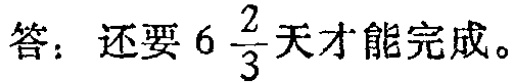
答：还要\(6\frac{2}{3}\)天才能完成。